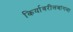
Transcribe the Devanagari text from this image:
किर्यावरीलबांगला